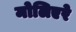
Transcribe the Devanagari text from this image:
मोलिएरे